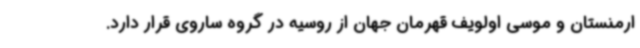
ارمنستان و موسی اولویف قهرمان جهان از روسیه در گروه ساروی قرار دارد.